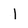
Character: 1